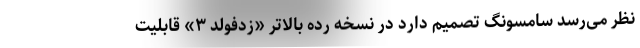
نظر می‌رسد سامسونگ تصمیم دارد در نسخه رده بالاتر «زدفولد ۳» قابلیت